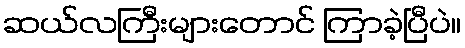
ဆယ်လကြီးများတောင် ကြာခဲ့ပြီပဲ။